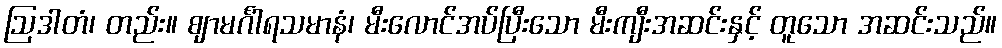
ဩဒါတံ၊ တည်း။ ဈာမင်္ဂါရသမာနံ၊ မီးလောင်အပ်ပြီးသော မီးကျီးအဆင်းနှင့် တူသော အဆင်းသည်။